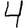
Digit: 4